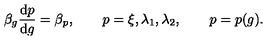
\beta _ { g } \frac { \mathrm { d } p } { \mathrm { d } g } = \beta _ { p } , \qquad p = \xi , \lambda _ { 1 } , \lambda _ { 2 } , \qquad p = p ( g ) .